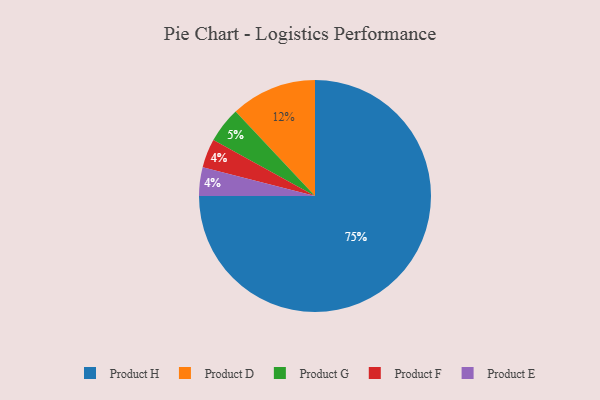
{"axis": {"x": "Category", "y": "Percentage"}, "legend": ["Product D", "Product E", "Product F", "Product G", "Product H"], "data": [{"x": "Product H", "y": 75, "type": "Product H"}, {"x": "Product D", "y": 12, "type": "Product D"}, {"x": "Product F", "y": 4, "type": "Product F"}, {"x": "Product E", "y": 4, "type": "Product E"}, {"x": "Product G", "y": 5, "type": "Product G"}]}